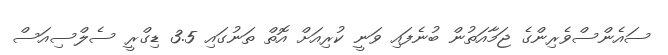
ސައެންސްވެރިންގެ ޖަމާއަތުން ބުނެފައި ވަނީ ކުރިއަށް އޮތް ތަނުގައި 3.5 ޑިގްރީ ސެލްސިއަސް